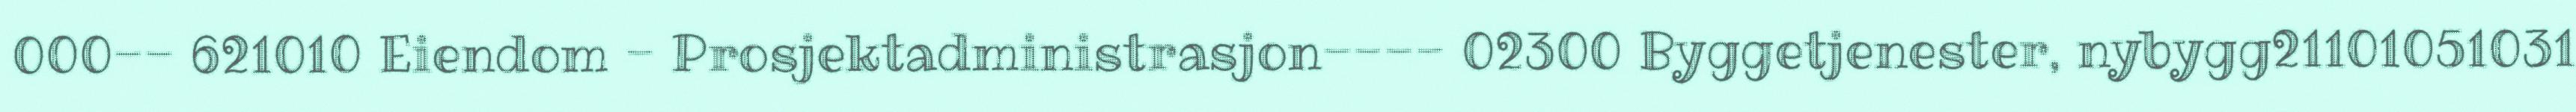
000-- 621010 Eiendom - Prosjektadministrasjon---- 02300 Byggetjenester, nybygg21101051031